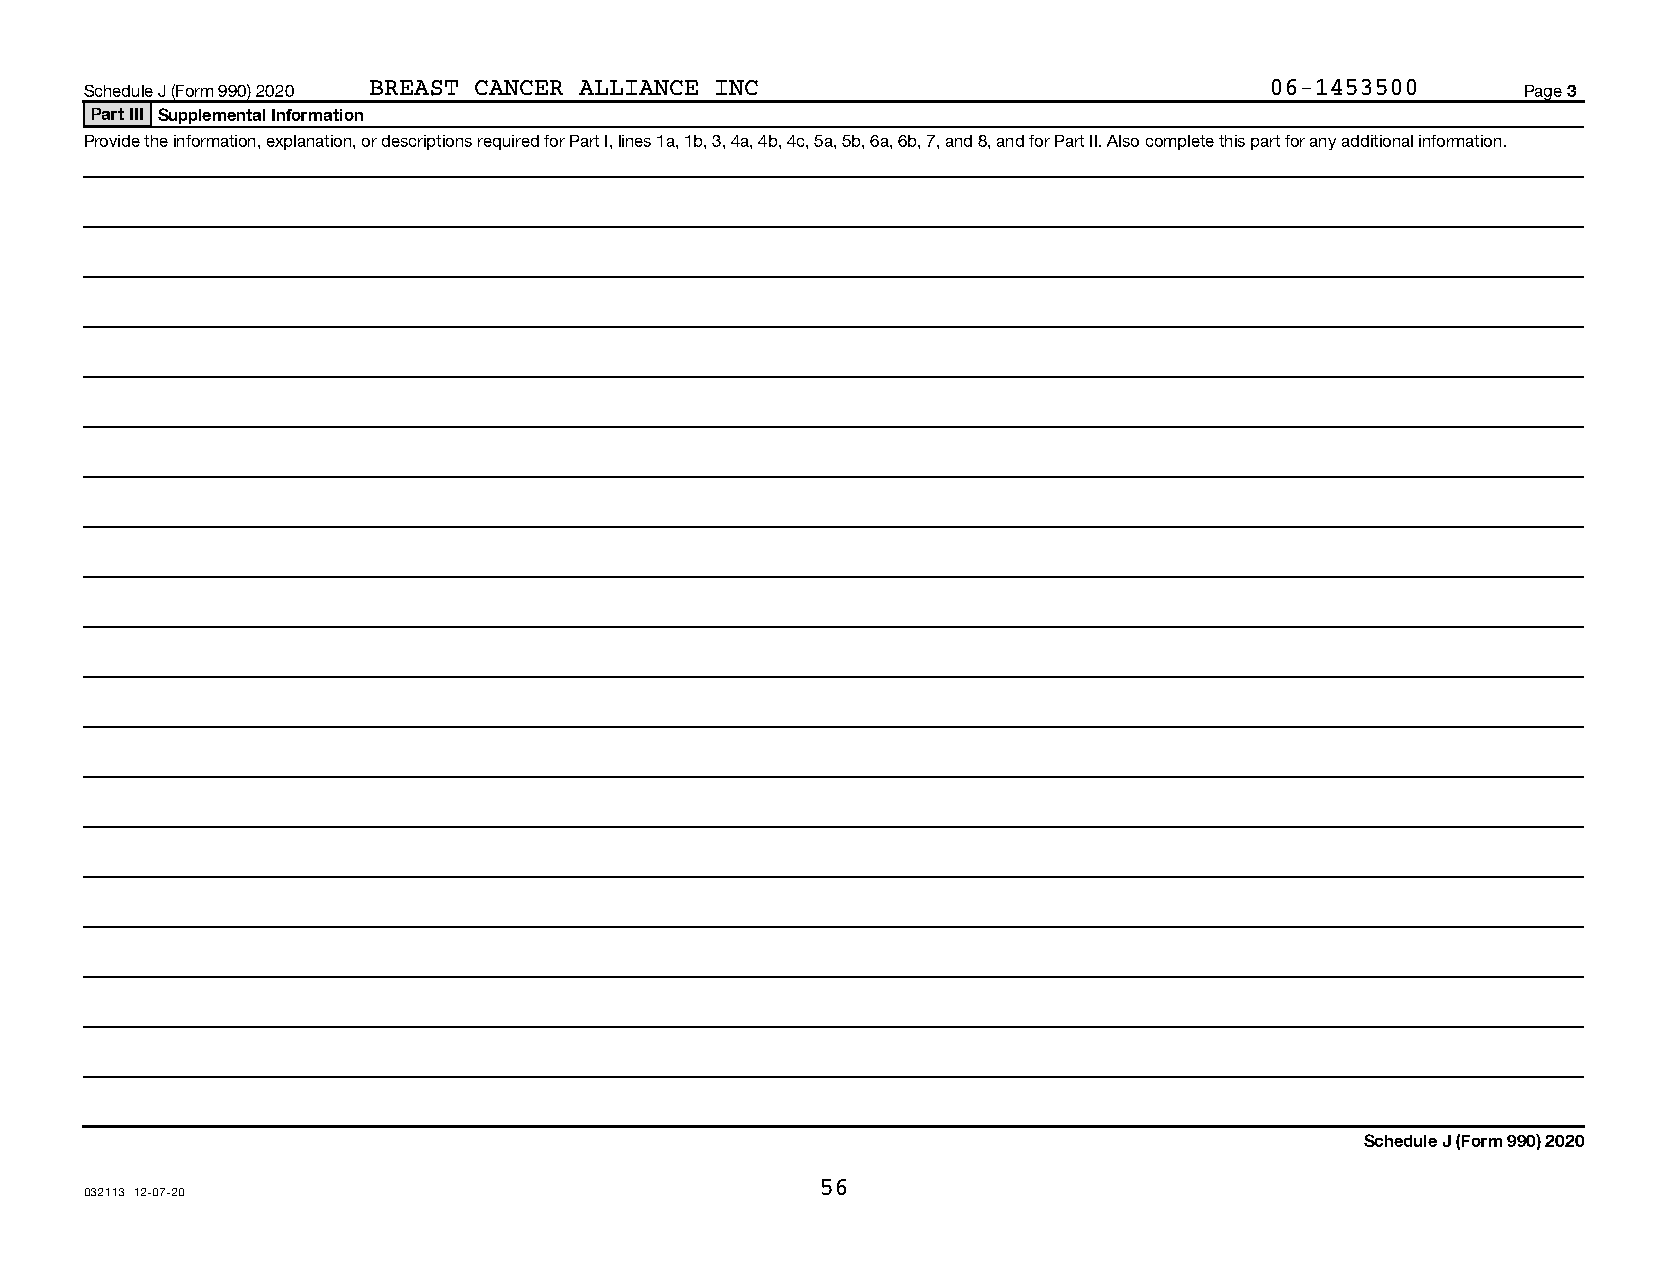
Schedule J (Form 990) 2020 BREAST CANCER ALLIANCE INC                         06-1453500       Page 3
 Part III Supplemental Information
 Provide the information, explanation, or descriptions required for Part I, lines 1a, 1b, 3, 4a, 4b, 4c, 5a, 5b, 6a, 6b, 7, and 8, and for Part II. Also complete this part for any additional information.
 Schedule J (Form 990) 2020
 56
 032113 12-07-20